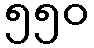
၅၅၀